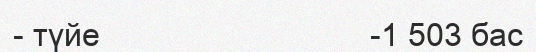
- түйе                              -1 503 бас